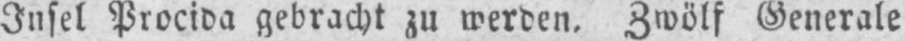
Insel Procida gebracht zu werden. Zwölf Generale